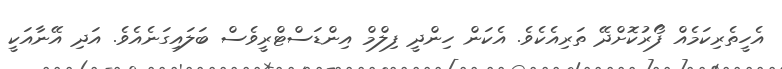
އެހީތެރިކަމެއް ފޯރުކޮށްދޭ ތަރިއެކެވެ. އެކަން ހިންދީ ފިލްމް އިންޑަސްޓްރީވެސް ބަލައިގަނެއެވެ. އަދި އޭނާއަކީ